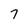
Character: 7